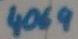
Text: 4069